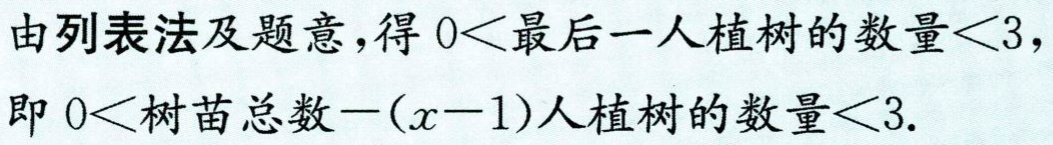
由列表法及题意，得\(0<最后一人植树的数量<3\)，

即\(0<树苗总数-(x - 1)人植树的数量<3\).